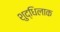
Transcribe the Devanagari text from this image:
शुद्धिलाक